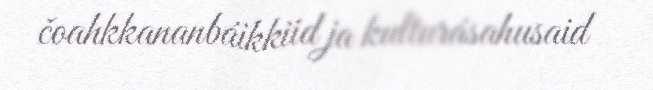
čoahkkananbáikkiid ja kulturásahusaid